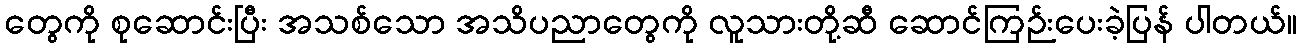
တွေကို စုဆောင်းပြီး အသစ်သော အသိပညာတွေကို လူသားတို့ဆီ ဆောင်ကြဉ်းပေးခဲ့ပြန် ပါတယ်။